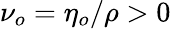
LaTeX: \nu_{o}=\eta_{o}/\rho>0